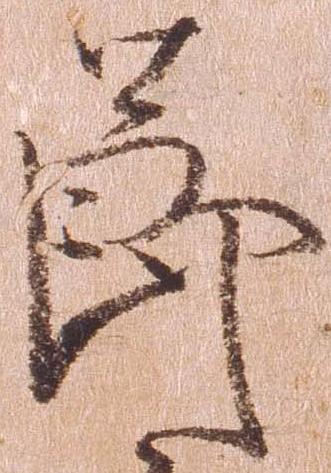
節